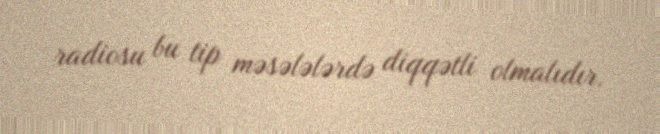
radiosu bu tip məsələlərdə diqqətli olmalıdır.